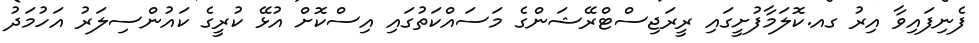
ފެނިފައިވާ އިރު ގއ.ކޮލަމާފުށީގައި ރީރަޖިސްޓްރޭޝަންގެ މަސައްކަތުގައި އިސްކޮށް އުޅޭ ކުރީގެ ކައުންސިލަރު އަހުމަދު